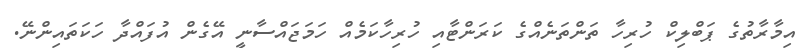
އިމާރާތުގެ ޕަބްލިކް ހުރިހާ ތަންތަނެއްގެ ކަރަންޓާއި ހުރިހާކަމެއް ހަމަޖައްސާނީ އޭގެން އުފައްދާ ހަކަތައިންނޭ.